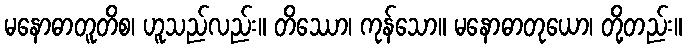
မနောဓာတူတိစ၊ ဟူသည်လည်း။ တိဿော၊ ကုန်သော။ မနောဓာတုယော၊ တို့တည်း။